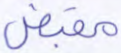
مقبض